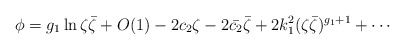
\begin{align*}\phi = g_1\ln\zeta\bar\zeta +O(1) -2 c_2 \zeta -2 \bar{c_2}\bar\zeta + 2 k_1^2 (\zeta\bar\zeta)^{g_1+1}+\cdots\end{align*}